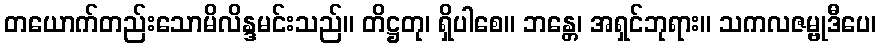
တယောက်တည်းသောမိလိန္ဒမင်းသည်။ တိဋ္ဌတု၊ ရှိပါစေ။ ဘန္တေ၊ အရှင်ဘုရား။ သကလဇမ္ဗုဒီပေ၊